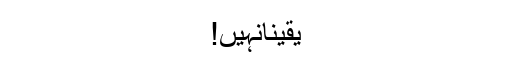
یقیناًنہیں!